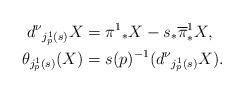
LaTeX: \begin{align*}d^\nu{}_{j^1_p(s)}X&=\pi^1{}_*X-s_*\overline{\pi}^1_*X,\\*\theta_{j^1_p(s)}(X)&=s(p)^{-1}(d^\nu{}_{j^1_p(s)}X).\end{align*}